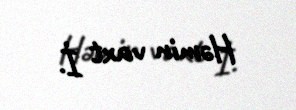
Həmin vaxt İ.